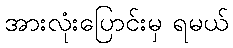
အားလုံးပြောင်းမှ ရမယ်